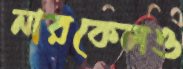
নারকেলও